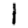
Digit: 1